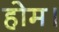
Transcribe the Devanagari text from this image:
होम।